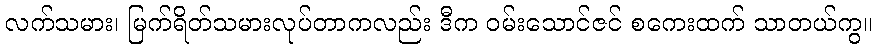
လက်သမား၊ မြက်ရိတ်သမားလုပ်တာကလည်း ဒီက ဝမ်းသောင်ဇင် စကေးထက် သာတယ်ကွ။